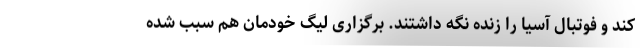
کند و فوتبال آسیا را زنده نگه داشتند. برگزاری لیگ خودمان هم سبب شده